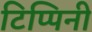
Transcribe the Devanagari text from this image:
टिप्पिनी